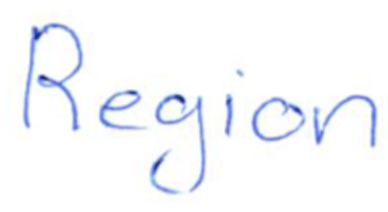
Text: Region
Cross-out: clean
Writing tool: ballpoint